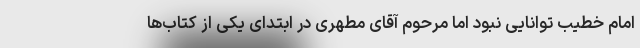
امام خطیب توانایی نبود اما مرحوم آقای مطهری در ابتدای یکی از کتاب‌ها